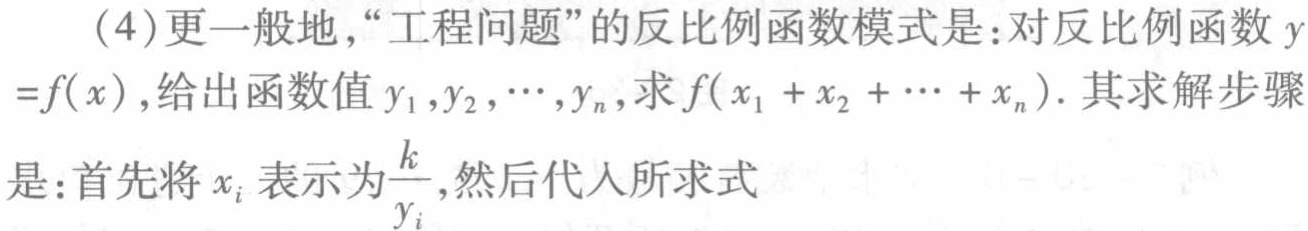
(4)更一般地，“工程问题”的反比例函数模式是：对反比例函数\(y =f(x)\)，给出函数值\(y_{1},y_{2},\cdots,y_{n}\)，求\(f(x_{1}+x_{2}+\cdots +x_{n})\). 其求解步骤是：首先将\(x_{i}\)表示为\(\frac{k}{y_{i}}\)，然后代入所求式